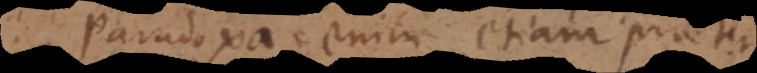
Paradoxa enim etiam praeter